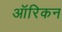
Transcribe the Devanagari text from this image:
ऑरिकन